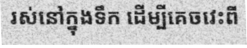
រស់នៅក្នុងទឹក ដើម្បីគេចវេះពី